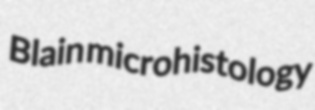
Blain microhistology